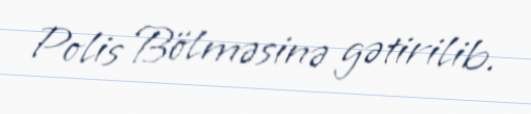
Polis Bölməsinə gətirilib.